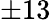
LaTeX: \pm 13